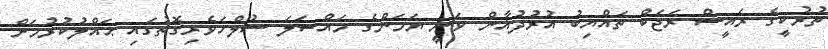
ތުރުކީގެ ރައީސް ރަޖަބް ތައްޔިބު އުރުދުޣާން ވަނީ ޔަމަންގެ މައްސަލަ ސުލްހަވެރިގޮތުގައި ޙައްލުކުރުމަށް